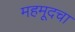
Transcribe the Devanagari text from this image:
महमूदचा